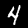
Digit: 4